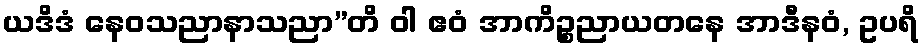
ယဒိဒံ နေဝသညာနာသညာ”တိ ဝါ ဧဝံ အာကိဉ္စညာယတနေ အာဒီနဝံ, ဥပရိ